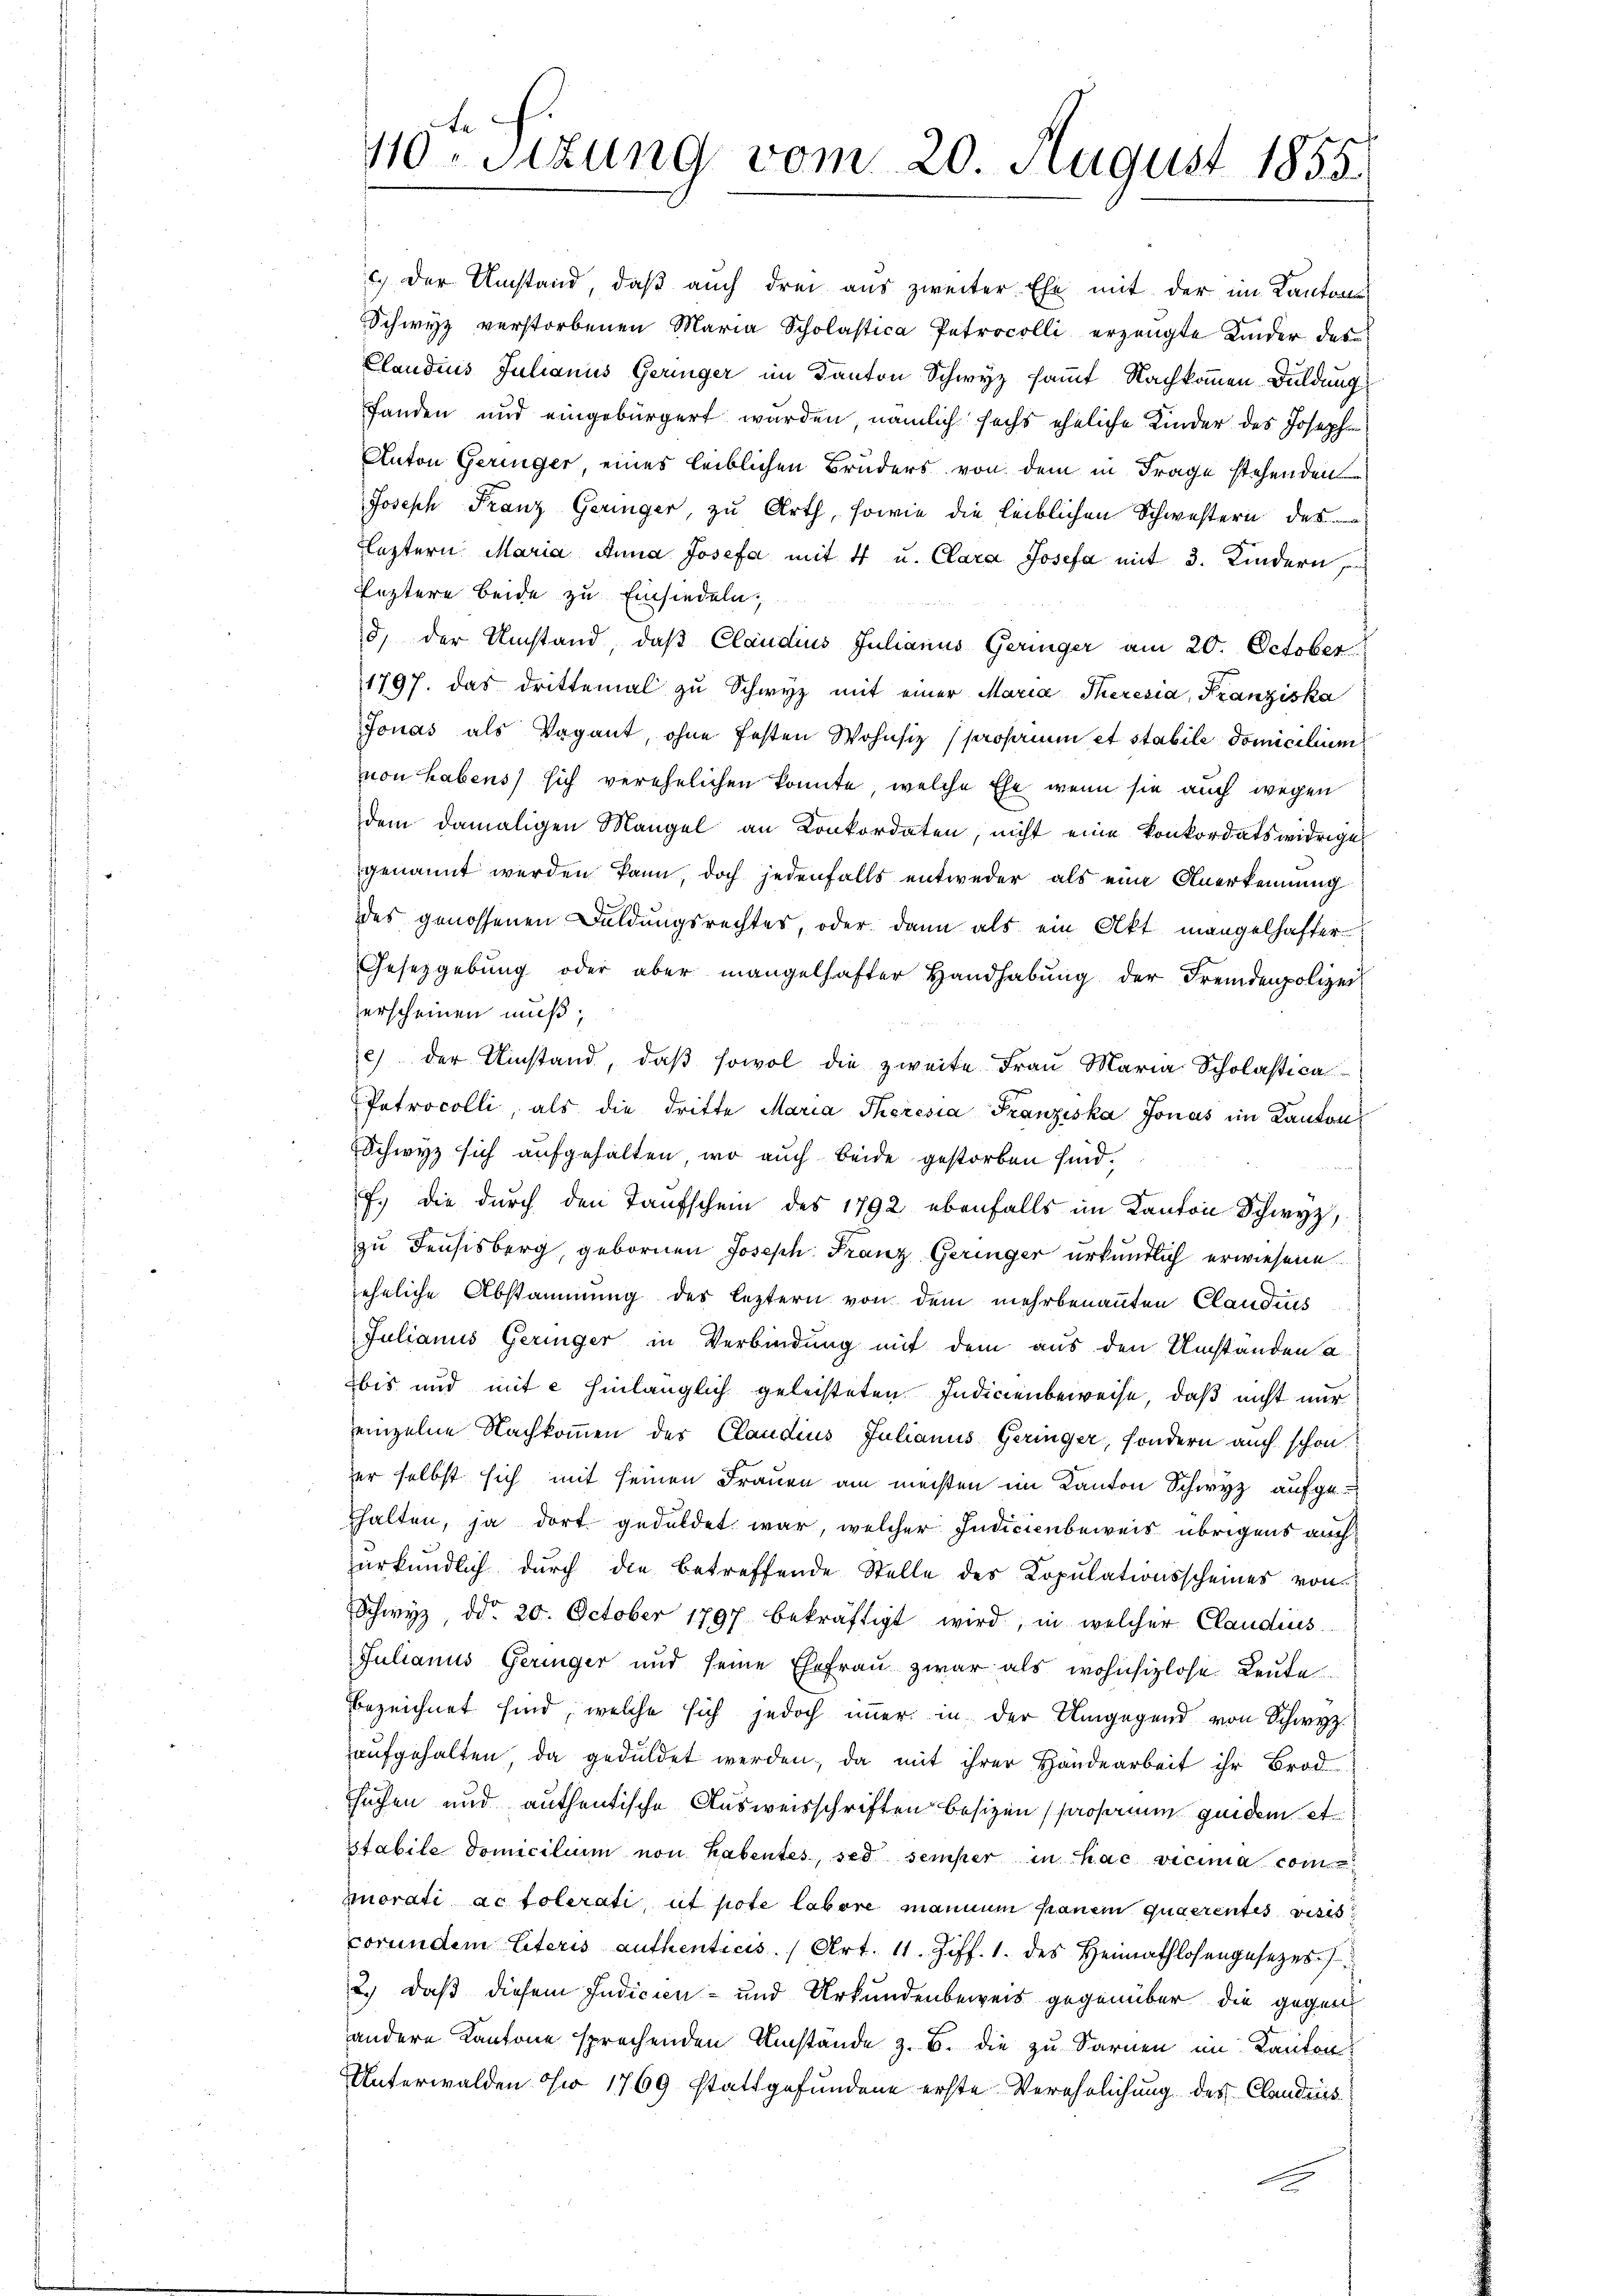
40-Sitzung vom 20. August 1855

.) Der Umstand, daß auch drei aus zweiter. Ehe mit der im Kantone
Schwyz verstorbenen Maria Scholastica Petrocolli erzeugte Kinder des
Claudius Julianus Geringer im Kanton Schwyz sammt Nachkommen Duldung
fanden und eingebürgert werden, nämlich sechs eheliche Kinder des Joseph
Anton Geringer, eines leiblichen Bruders von dem in Frage stehenden
Joseph Franz Geringer, zu Arth, sowie die leiblichen Schwestern des
Leztern Maria Anna Josefa mit 4 u. Clara Josefa mit 3. Kindern,
Leztere beide zu Einsiedeln,
d) der Umstand, daß Claudius Julianus Geringer am 20. October
1797. das drittemal zu Schwyz mit einer Maria Theresia, Franziska
Jonas als Vagant, ohne festen Wohnsiz (prosami et stabile domicilium
von habens sich verehelichen konnte, welche Ehe, wenn sie auch wegen
dem damaligen Mangel an Konkordaten, nicht eine konkordatswidrige
genannt werden kann, doch jedenfalls entweder als eine Anerkennung
des genossenen Duldungsrechtes, oder dann als ein Akt mangelhafter
Gesetzgebung oder aber mangelhafter Handhabŭng der Fremdenpolizei
erscheinen muß;
c) der Umstand, daß sowol die zweite Frau Maria Scholastica
Patrocolli, als die dritte Maria Theresia Franziska Jonas im Kanton
Schwyz sich aufgehalten, wo auch beide gestorben sind.
f. die durch den Taufschein des 1792 ebenfalls im Kanton Schwyz,
zu Deusisberg, gebornen Joseph Franz Geringer urkundlich erwiesene
jehnliche Abstammung des leztern von dem mehrbenannten Clandnis
Julianus Geringer in Verbindung mit dem aus den Umständen a
bis und mit 2 hinlänglich geleisteten Indicienbeweise, daß nicht nur
einzelne Nachkommen der Claudius Julianus Geringer, sondern auch schon
zer selbst sich mit seinen Frauen am machten im Kanton Schwyz aufgethalten, ja dort geduldet war, welcher Indicienbeweis übrigens auch
urkundlich durch die betreffende Stelle des Kopulationsscheines von
Schwyz, ddo 20. October 1797 bekräftigt wird, in welcher Claudius
Julianus Geringer und seine Ehefrau zwar als wohnsizlose Leute
bezeichnet sind, welche sich jedoch imer in der Umgegend von Schwyz
aŭfgehalten da geduldet werden, da mit ihrer Handearbeit ihr Brod
suchen und authentische Ausweisschriften besizen (parsamm geidem et
sstabile domicilium non habentes, sed semper in hac vicima com¬
Inorati ac tolerati, ut pote labore mannum franein quaerentes visis
corunden Literis authenticis. Art. 11. Ziff. 1. des Heimathlosengesezes
2.) Daß diesem Indicien- und Urkundenbeweis gegenüber die gegen
andere Kantone sprechenden Umstände z. B. die zu Sarnen im Kanton
Unterwalden in 1769 stattgefundene erste Verehelichung des Candins
t